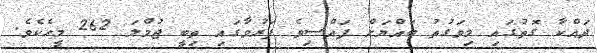
ދައްކާ ގޮތުގައި މިވަގުތު ބައްޔަށް ފައްސިވެ ފަރުވާގައި ތިބީ ޖުމްލަ 262 މީހެކެވެ.